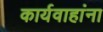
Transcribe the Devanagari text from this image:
कार्यवाहांना